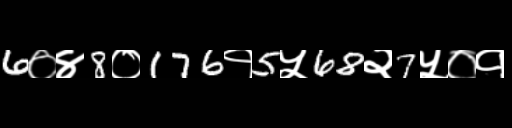
Text: 6०४8०176१5५68२7५०१